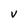
Character: v